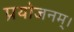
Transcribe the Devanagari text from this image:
प्रयोजनम्।